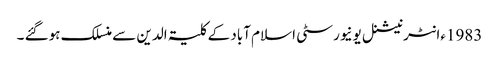
1983ءانٹرنیشنل یونیورسٹی اسلام آباد کے کلیۃ الدین سے منسلک ہوگئے ۔